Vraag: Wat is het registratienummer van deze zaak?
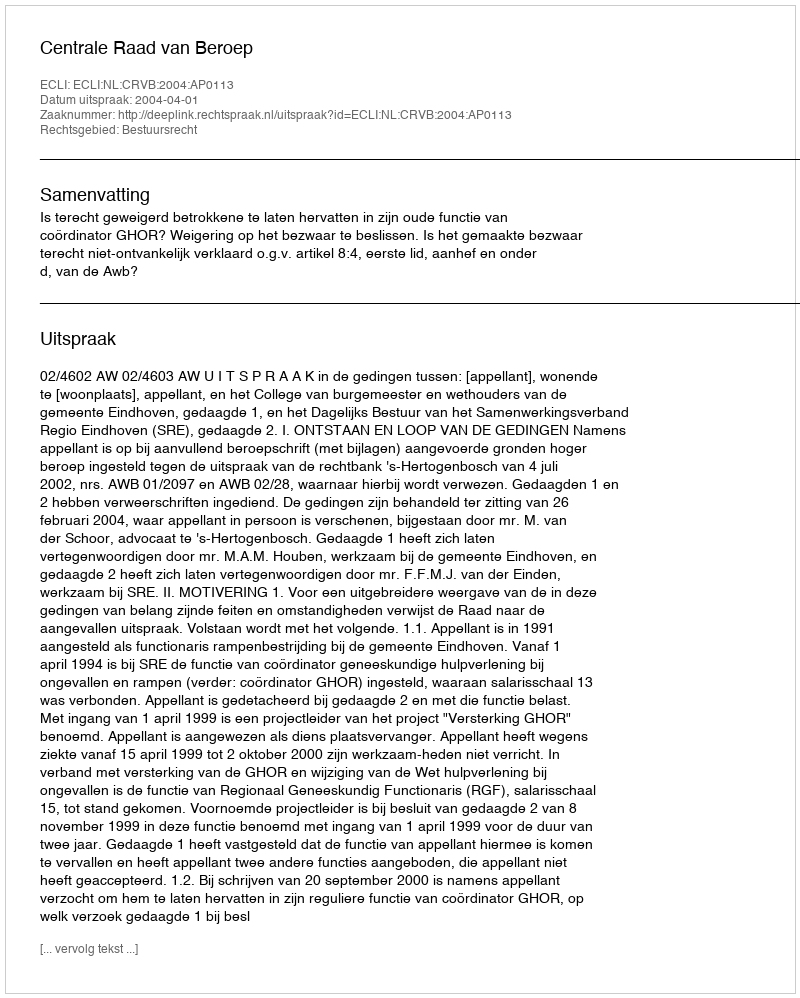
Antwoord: http://deeplink.rechtspraak.nl/uitspraak?id=ECLI:NL:CRVB:2004:AP0113